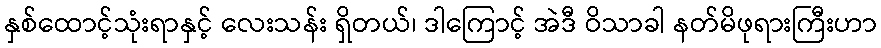
နှစ်ထောင့်သုံးရာနှင့် လေးသန်း ရှိတယ်၊ ဒါကြောင့် အဲဒီ ဝိသာခါ နတ်မိဖုရားကြီးဟာ